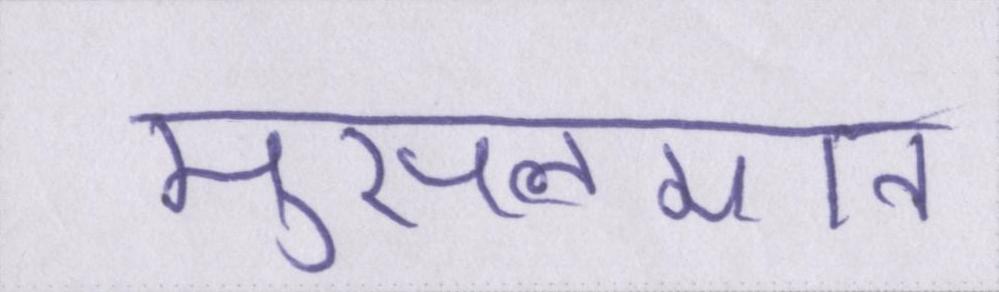
मुसलमान